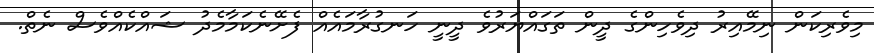
މިވެރިކަން ނިމޭއިރު ދިވެހިންގެ ދީން ތަގައްޔަރުވެ ދީނީ ހަނގުރާމައެއް ފެށޭނެކަމާމެދު ޝައްކެއްވެސް ނެތް.